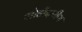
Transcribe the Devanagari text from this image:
जोडीदारीण